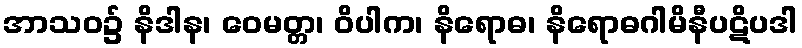
အာသဝ၌ နိဒါန၊ ဝေမတ္တ၊ ဝိပါက၊ နိရောဓ၊ နိရောဓဂါမိနီပဋိပဒါ